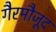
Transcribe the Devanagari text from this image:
गैरमौजूद